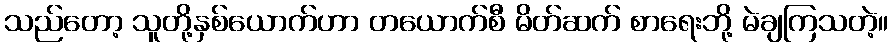
သည်တော့ သူတို့နှစ်ယောက်ဟာ တယောက်စီ မိတ်ဆက် စာရေးဘို့ မဲချကြသတဲ့။